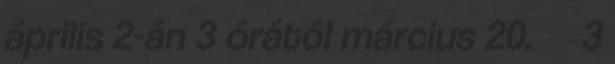
április 2-án 3 órától március 20. 3